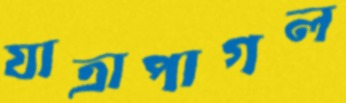
যাত্রাপাগল